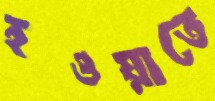
হওয়াতে